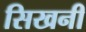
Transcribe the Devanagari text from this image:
सिखनी